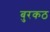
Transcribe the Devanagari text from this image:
बुरकठ